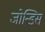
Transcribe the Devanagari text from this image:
जोन्डिस